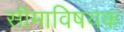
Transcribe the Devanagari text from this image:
सीमाविषयक